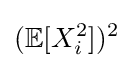
({\mathbb {E} }[X_{i}^{2}])^{2}